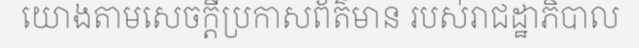
យោងតាមសេចក្តីប្រកាសព័ត៌មាន របស់រាជដ្ឋាភិបាល